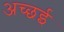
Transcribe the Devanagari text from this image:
अच्छई